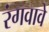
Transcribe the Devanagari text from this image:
रंगवावे